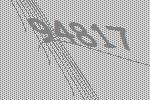
94817